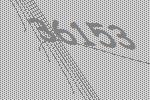
36153